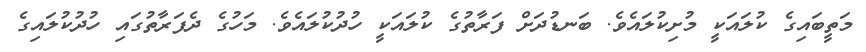
މަތީބައިގެ ކުލައަކީ މުށިކުލައެވެ. ބަނޑުދަށް ފަރާތުގެ ކުލައަކީ ހުދުކުލައެވެ. މަހުގެ ދެފަރާތުގައި ހުދުކުލައިގެ